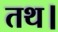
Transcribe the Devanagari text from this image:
तथ।